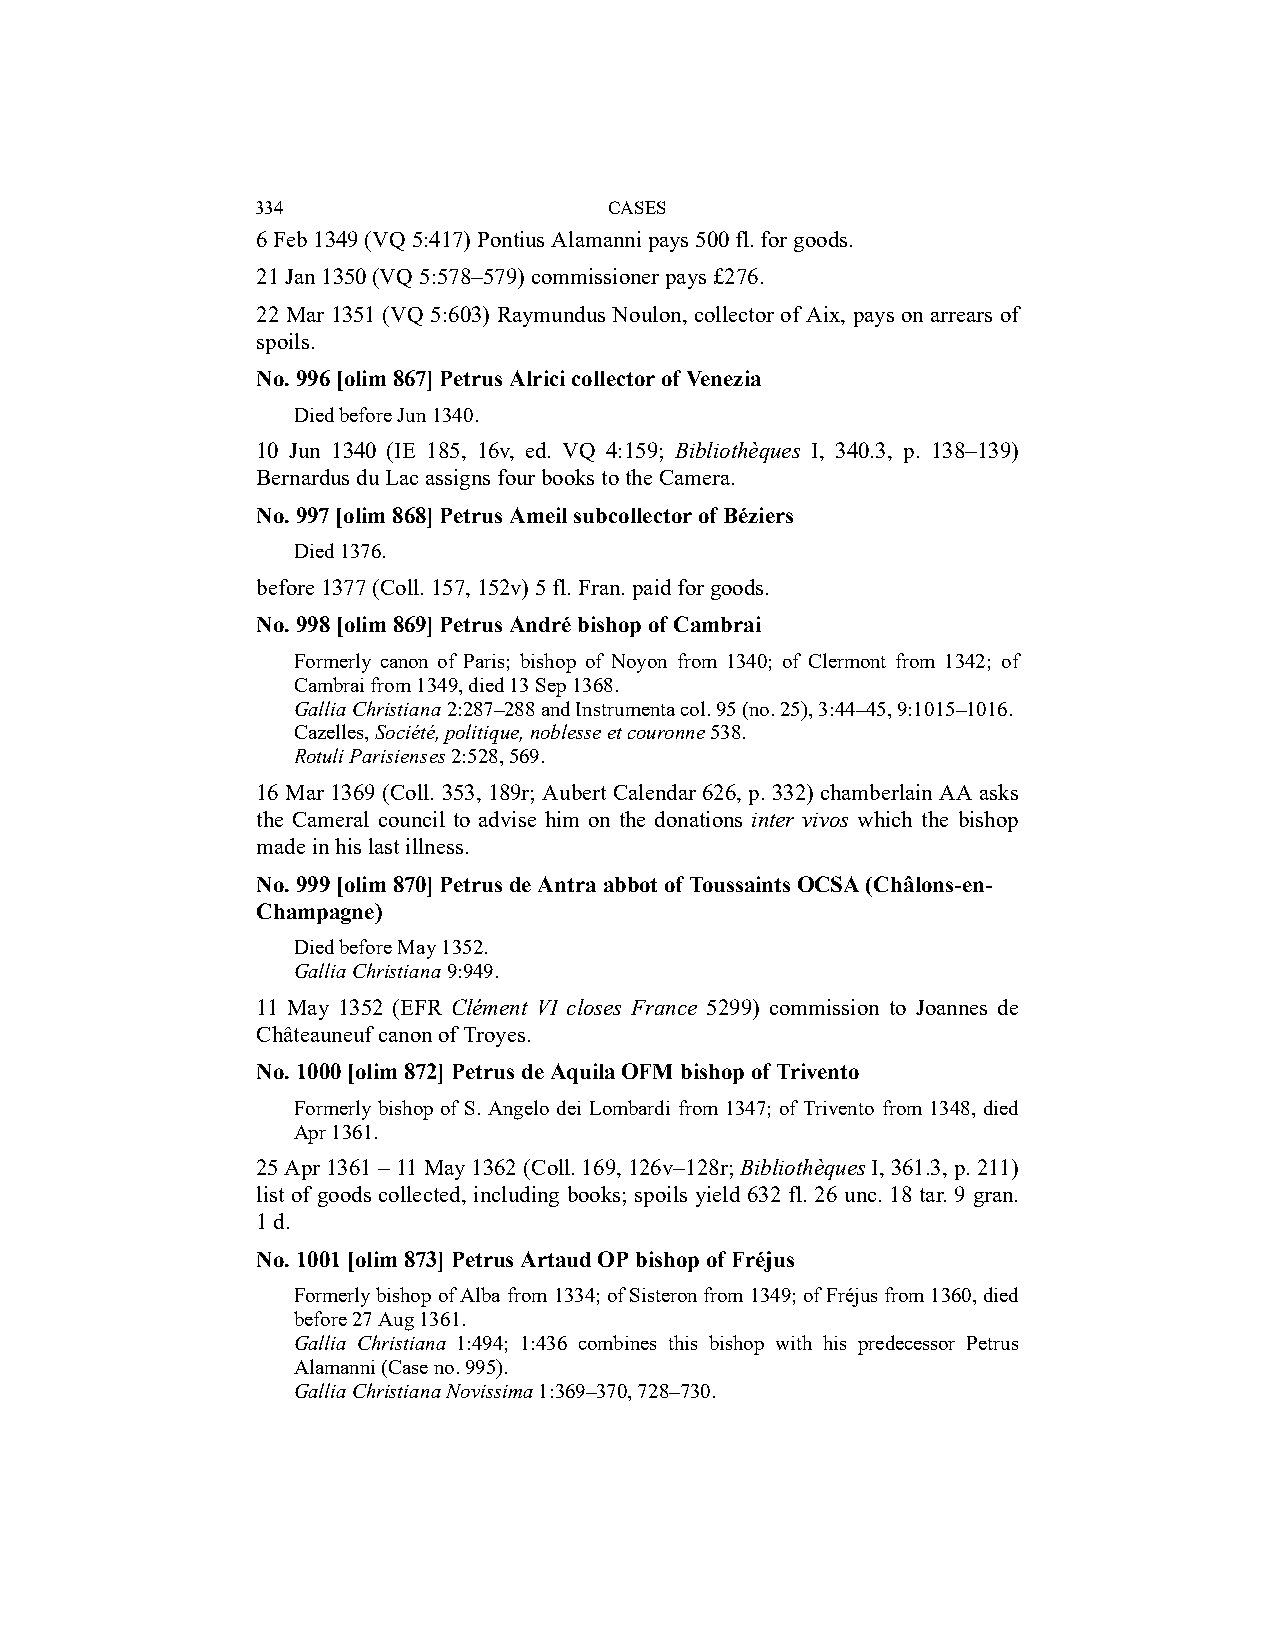
334                    CASES
 6 Feb 1349 (VQ 5:417) Pontius Alamanni pays 500 fl. for goods.
 21 Jan 1350 (VQ 5:578–579) commissioner pays £276.
 22 Mar 1351 (VQ 5:603) Raymundus Noulon, collector of Aix, pays on arrears of
 spoils.
 No. 996 [olim 867] Petrus Alrici collector of Venezia
 Died before Jun 1340.
 10 Jun 1340 (IE 185, 16v, ed. VQ 4:159; Bibliothèques I, 340.3, p. 138–139)
 Bernardus du Lac assigns four books to the Camera.
 No. 997 [olim 868] Petrus Ameil subcollector of Béziers
 Died 1376.
 before 1377 (Coll. 157, 152v) 5 fl. Fran. paid for goods.
 No. 998 [olim 869] Petrus André bishop of Cambrai
 Formerly canon of Paris; bishop of Noyon from 1340; of Clermont from 1342; of
 Cambrai from 1349, died 13 Sep 1368.
 Gallia Christiana 2:287–288 and Instrumenta col. 95 (no. 25), 3:44–45, 9:1015–1016.
 Cazelles, Société, politique, noblesse et couronne 538.
 Rotuli Parisienses 2:528, 569.
 16 Mar 1369 (Coll. 353, 189r; Aubert Calendar 626, p. 332) chamberlain AA asks
 the Cameral council to advise him on the donations inter vivos which the bishop
 made in his last illness.
 No. 999 [olim 870] Petrus de Antra abbot of Toussaints OCSA (Châlons-en-
 Champagne)
 Died before May 1352.
 Gallia Christiana 9:949.
 11 May 1352 (EFR Clément VI closes France 5299) commission to Joannes de
 Châteauneuf canon of Troyes.
 No. 1000 [olim 872] Petrus de Aquila OFM bishop of Trivento
 Formerly bishop of S. Angelo dei Lombardi from 1347; of Trivento from 1348, died
 Apr 1361.
 25 Apr 1361 – 11 May 1362 (Coll. 169, 126v–128r; Bibliothèques I, 361.3, p. 211)
 list of goods collected, including books; spoils yield 632 fl. 26 unc. 18 tar. 9 gran.
 1 d.
 No. 1001 [olim 873] Petrus Artaud OP bishop of Fréjus
 Formerly bishop of Alba from 1334; of Sisteron from 1349; of Fréjus from 1360, died
 before 27 Aug 1361.
 Gallia Christiana 1:494; 1:436 combines this bishop with his predecessor Petrus
 Alamanni (Case no. 995).
 Gallia Christiana Novissima 1:369–370, 728–730.